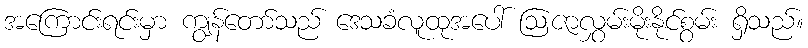
အကြောင်းရင်းမှာ ကျွန်တော်သည် ဒေသခံလူထုအပေါ် ဩဇာလွှမ်းမိုးနိုင်စွမ်း ရှိသည်။